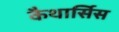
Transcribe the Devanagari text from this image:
कैथार्सिस